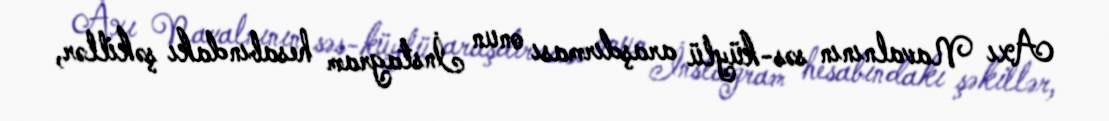
Axı Navalnının səs-küylü araşdırması onun İnstagram hesabındakı şəkillər,